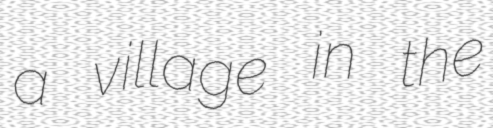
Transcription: a village in the